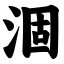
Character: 涸